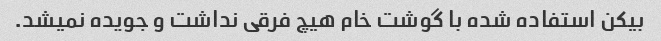
بیکن استفاده شده با گوشت خام هیچ فرقی نداشت و‌ جویده نمیشد.